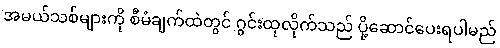
အမယ်သစ်များကို စီမံချက်ထဲတွင် ဂွင်းထုလိုက်သည် ပို့ဆောင်ပေးရပါမည်